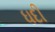
ઘદી